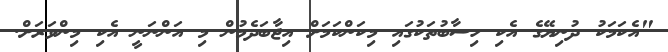
"އެކަމަކު ދުނިޔޭގެ އެކި ހިސާބުތަކުގައި މިކަންކަމަށް އިޖާބަދެމުން މި އަންނަނީ އެކި މިންވަރަށް.